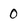
Character: 0